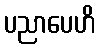
ပညာပေဟိ